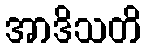
အာဒိသတိ